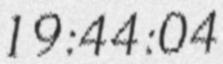
19:44:04